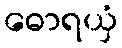
ဓောရယှံ